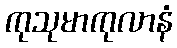
ကုသုမာကုလာနံ